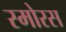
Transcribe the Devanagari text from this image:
स्मोरस